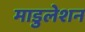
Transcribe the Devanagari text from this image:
माडुलेशन